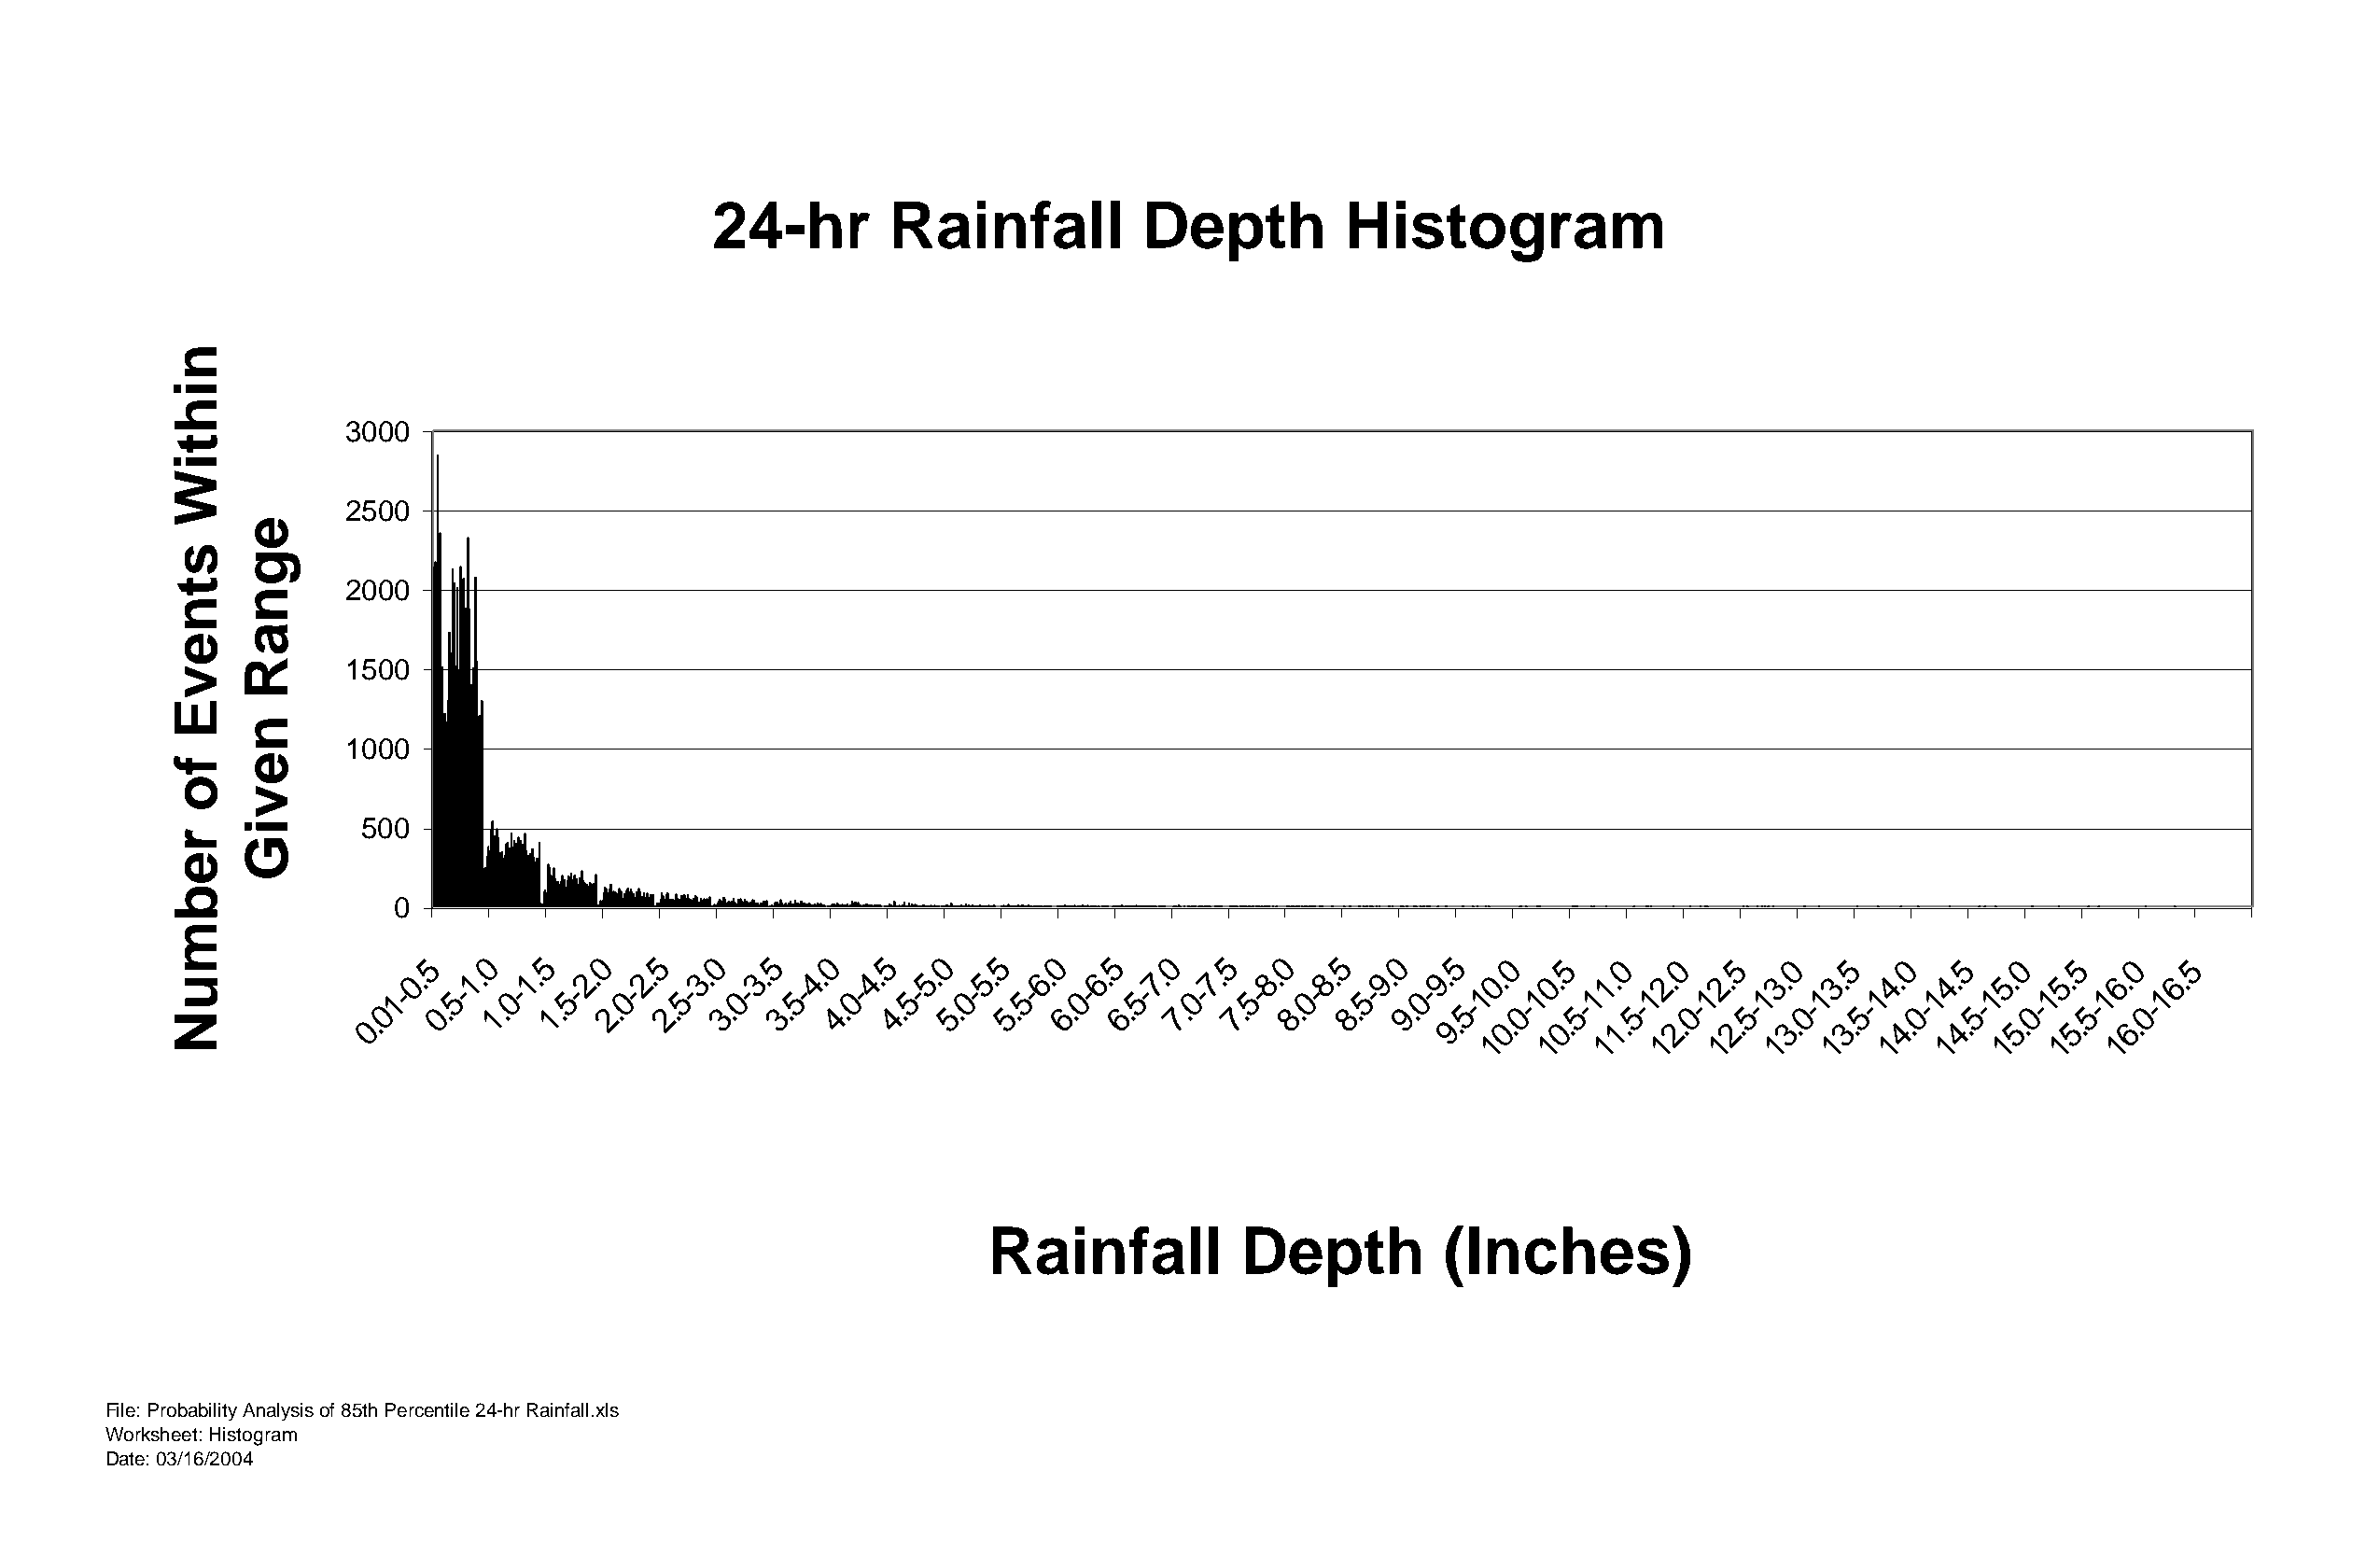
24-hr        Rainfall          Depth         Histogram
 3000
 2500
 2000
 1500
 1000
 500
 0
 5   0   5   0   5   0   5   0   5    0   5   0   5   0   5   0   5   0   5   0   5   0   0   5   0   5   0   5   0   5   0   5
 0.  1.  1.  2.  2.  3.  3.  4.  4.  5.  5.  6.  6.  7.   7.  8.  8.  9.  9.  0.  0.  1.  2.  2.  3.  3.  4.  4.  5.  5.  6.  6.
 01- 0.5- 1.0- 1.5- 2.0- 2.5- 3.0- 3.5- 4.0- 4.5- 5.0- 5.5- 6.0- 6.5- 7.0- 7.5- 8.0- 8.5- 9.0- 5-1 0-1 5-1 5-1 0-1 5-1 0-1 5-1 0-1 5-1 0-1 5-1 0-1
 0.                                                                          9.  0.  0.  1.  2.  2.  3.  3.  4.   4.  5.  5.  6.
 1   1    1   1   1   1   1   1   1   1   1   1
 Rainfall          Depth         (Inches)
 File: Probability Analysis of 85th Percentile 24-hr Rainfall.xls
 Worksheet: Histogram
 Date: 03/16/2004
 nihtiW
 stnevE
 fo
 rebmuN
 egnaR
 neviG